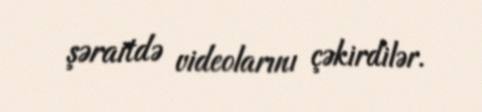
şəraitdə videolarını çəkirdilər.